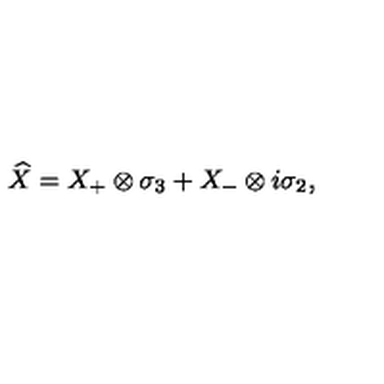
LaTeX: \widehat { X } = X _ { + } \otimes \sigma _ { 3 } + X _ { - } \otimes i \sigma _ { 2 } ,